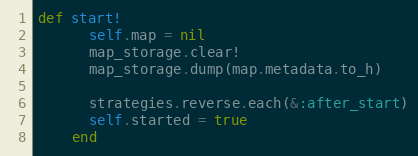
Language: Ruby
def start!
      self.map = nil
      map_storage.clear!
      map_storage.dump(map.metadata.to_h)

      strategies.reverse.each(&:after_start)
      self.started = true
    end